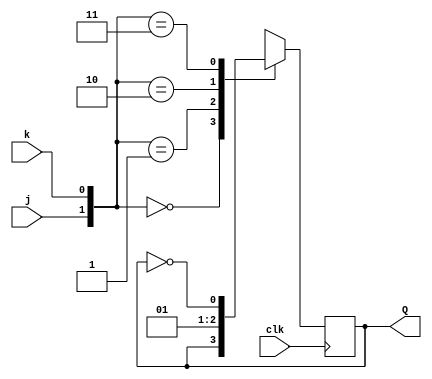
module top_module (
    input clk,
    input j,
    input k,
    output reg Q
);
  always @(posedge clk) begin
    case ({
      j, k
    })
      2'b00: Q <= Q;
      2'b01: Q <= 0;
      2'b10: Q <= 1;
      2'b11: Q <= ~Q;
    endcase
  end
endmodule